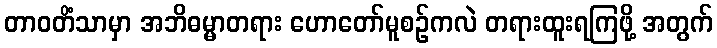
တာဝတိံသာမှာ အဘိဓမ္မာတရား ဟောတော်မူစဉ်ကလဲ တရားထူးရကြဖို့ အတွက်